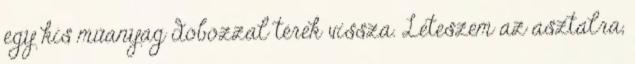
egy kis műanyag dobozzal térek vissza. Leteszem az asztalra,